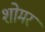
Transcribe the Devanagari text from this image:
शोमर